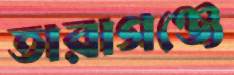
তারাগঞ্জে